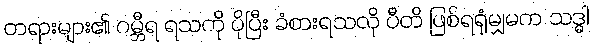
တရားများ၏ ဂမ္ဘီရ ရသကို ပိုပြီး ခံစားရသလို ပီတိ ဖြစ်ရရုံမျှမက သဒ္ဓါ